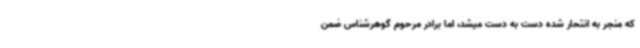
که منجر به انتحار شده دست به دست میشد، اما برادر مرحوم گوهرشناس ضمن